Calcutta medical institutions reports 1879-81 [i.e.91]
Year: 1879
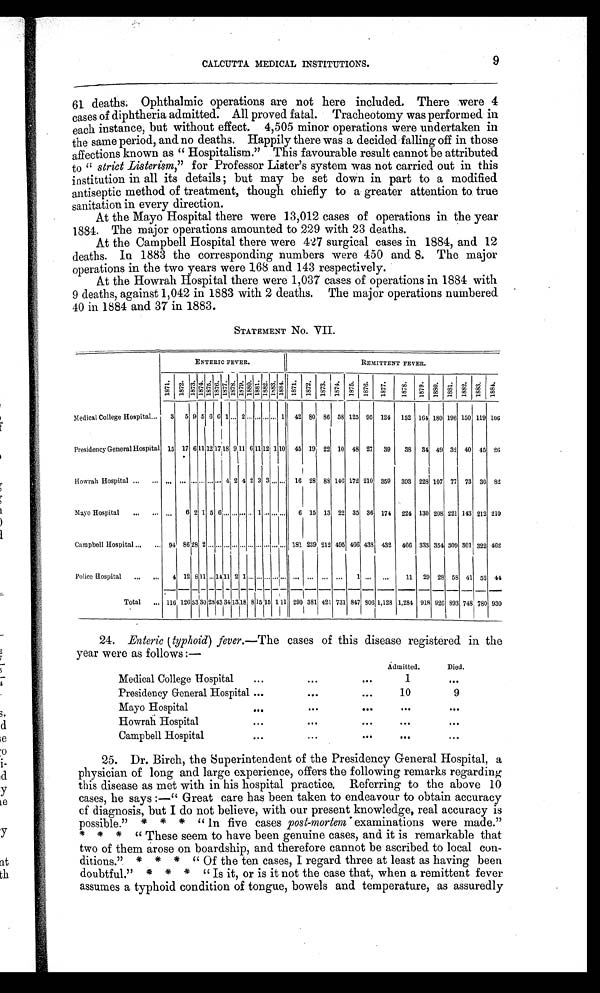
CALCUTTA MEDICAL INSTITUTIONS.
9
61 deaths. Ophthalmic operations are not here included. There were 4
cases of diphtheria admitted. All proved fatal. Tracheotomy was performed in
each instance, but without effect. 4,505 minor operations were undertaken in
the same period, and no deaths. Happily there was a decided falling off in those
affections known as “ Hospitalism.” This favourable result cannot be attributed
to “ strict Listerism,” for Professor Lister’s system was not carried out in this
institution in all its details; but may be set down in part to a modified
antiseptic method of treatment, though chiefly to a greater attention to true
sanitation in every direction.
At the Mayo Hospital there were 13,012 cases of operations in the year
1884. The major operations amounted to 229 with 23 deaths.
At the Campbell Hospital there were 427 surgical cases in 1884, and 12
deaths. In 1883 the corresponding numbers were 450 and 8. The major
operations in the two years were 168 and 143 respectively.
At the Howrah Hospital there were 1,037 cases of operations in 1884 with
9 deaths, against 1,042 in 1883 with 2 deaths. The major operations numbered
40 in 1884 and 37 in 1883.
STATEMENT No. VII.
ENTERIC FEVER.
REMITTENT FEVER.
1871. 1872.
1 8 7 3 .
1874. 1 8 7 5 .
1876.
1877. 1 8 7 8 .
1879.
1 8 8 0 . 1 8 8 1 .
1882.
1883.1884. 1871. 1872. 1873. 1874. 1875. 1876. 1877. 1878. 1879. 1880. 1881. 1882.
1 8 8 3 . 1884.
Medical College Hospital...
3 5 9 5 6 6 1 ... 2 ... ... ... ... 1 42 80 86 58 125 95 124 152 164 180 196 150 119 106
Presidency General Hospital 15 17 6 11 12 17
18 9
11 6 11 12
1
10 45 19 22 10 48 27 39
38 34 49 32 40 45 26
Howrah Hospital ...
...
. . .
. . . ... ...
. . . . . . ... 4 2 4 2 3 3 ... ... 16 28 88 146 172 210 359 393 228 107 77 73 30 8 2
Mayo Hospital
...
...
. . . 6 2 1 5 6 ... . . . . . . . . . 1 ... ... ...
6 15 13 22 35 36 174 224 130 208 221 143 212 210
Campbell Hospital ...
... 94
8 6
28 2 ... ... ... ... ... ... ... ... ... ... 181 239 212 495 466 438 432 466 333 354 309 301 322 462
Police Hospital
...
...
4 12 8 11 ...
1 4
11 2 1 ... ... ... ... ... ... ... ... ...
1 ... ...
11 29 28 58 41 52 44
Total
... 116 126 5 3
30
23 43
34
13
1 8
8 15 15 1 11 290 381 421 731 847 806 1,128 1,284 918 926 893 748
-
780 930
24. Enteric (typhoid) fever. —The cases of this disease registered in the
year were as follows :—
Admitted.
Died.
Medical College Hospital
... ...
...
1
. . .
Presidency General Hospital ...
...
. . .
10
9
Mayo Hospital
... ...
. . .
. . .
. . .
Howrah Hospital
...
...
. . .
...
...
Campbell Hospital
...
... ...
. . .
. . .
25. Dr. Birch, the Superintendent of the Presidency General Hospital, a
physician of long and large experience, offers the following remarks regarding
this disease as met with in his hospital practice. Referring to the above 10
cases, he says :—“ Great care has been taken to endeavour to obtain accuracy
o f d i a g n o s i s , b u t I d o n o t b e l i e v e , w i t h o u r p r e s e n t k n o w l e d g e , r e a l a c c u r a c y i s
possible.” * * * “ In five cases post-mortem examinations were made”.
* * * “ These seem to have been genuine cases, and it is remarkable that
two of them arose on boardship, and therefore cannot be ascribed to local con-
ditions.”. * * * “ Of the ten cases, I regard three at least as having been
doubtful.” * * * “ Is it, or is it not the case that, when a remittent fever
assumes a typhoid condition of tongue, bowels and temperature, as assuredly